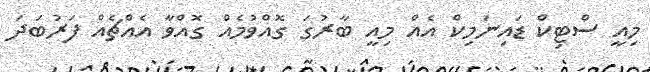
މިއީ ސްޓިކް ޑައިނަމިކް އެއް މިއީ ބާރުގަ ގޮއްވުމެއް ގޮއްވާ އެއްޗެއް ފަރުބަދަ